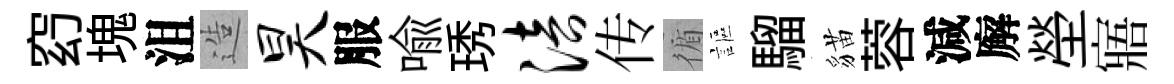
𥥆塊沮造昊服喻琇涪传循謳騮貓蓉減廨塋寤